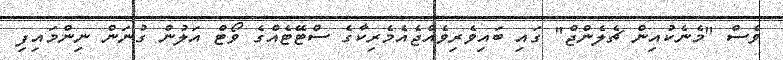
ވެސް "މެނެކުއިން ޗެލެންޖް" ގައި ބައިވެރިވެއްޖެއެމެރިކާގެ ސްޓޭޓެއްގެ ވޯޓް އަލުން ގުނަން ނިންމައިފި